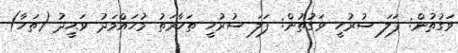
ވަގުތުން: ފަލަ ސުރުހީ ވަގުތުން: ފަލަ ސުރުހީ ތަހާރަތު މުޙައްމަދު ވަޙީދު (ތަހާ)